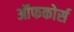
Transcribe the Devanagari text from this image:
ऑफकोर्स